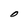
Character: O